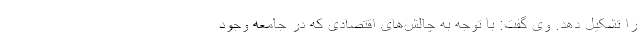
را تشکیل دهد. وی گفت: با توجه به چالش‌های اقتصادی که در جامعه وجود